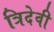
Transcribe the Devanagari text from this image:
त्रिदेवी